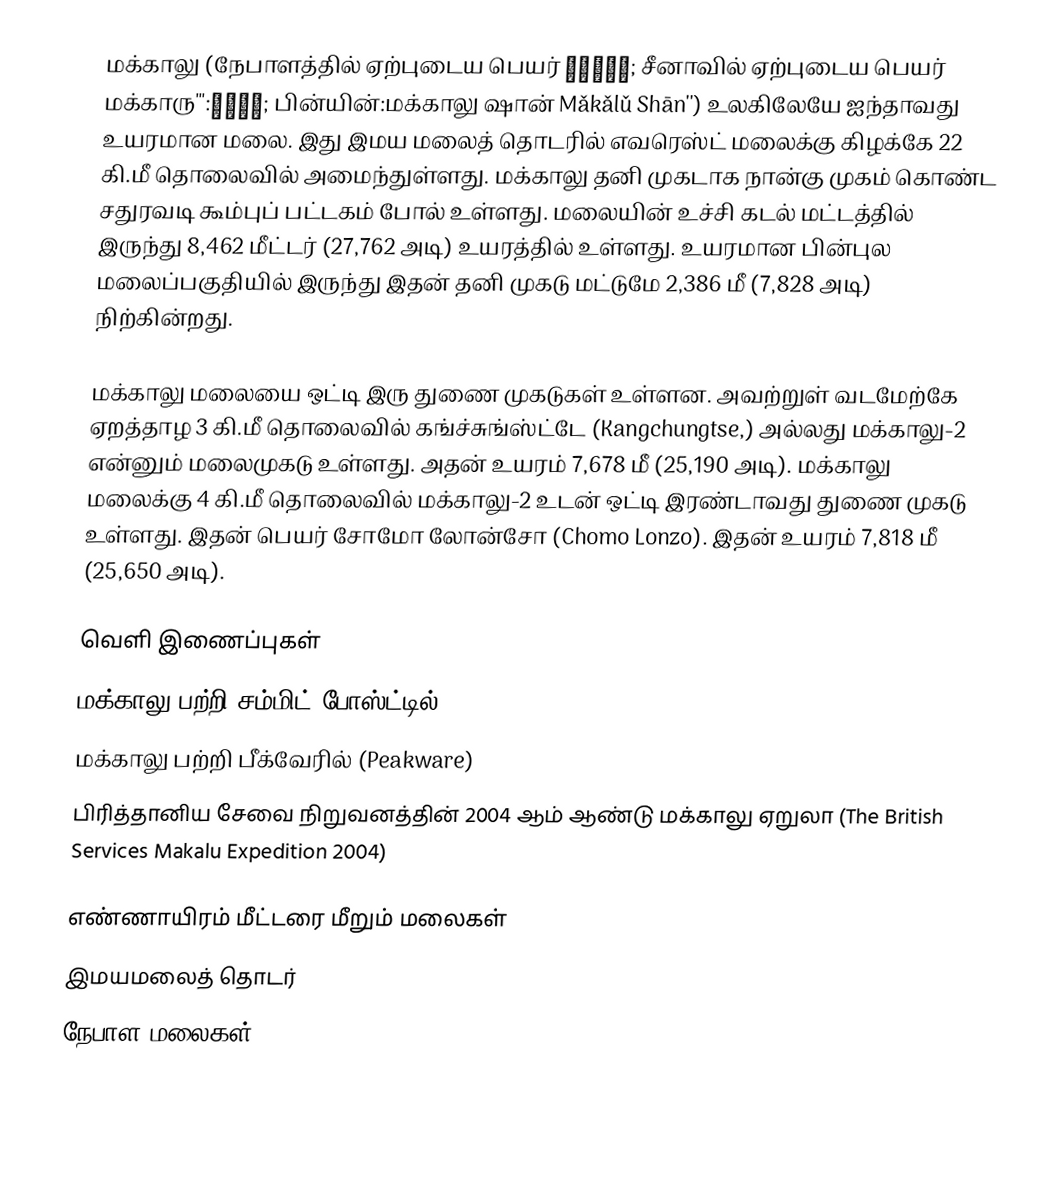
மக்காலு (நேபாளத்தில் ஏற்புடைய பெயர் मकालु; சீனாவில் ஏற்புடைய பெயர் மக்காரு''':马卡鲁山; பின்யின்:மக்காலு ஷான் Mǎkǎlǔ Shān'') உலகிலேயே ஐந்தாவது உயரமான மலை. இது இமய மலைத் தொடரில் எவரெஸ்ட் மலைக்கு கிழக்கே 22 கி.மீ தொலைவில் அமைந்துள்ளது. மக்காலு தனி முகடாக நான்கு முகம் கொண்ட சதுரவடி கூம்புப் பட்டகம் போல் உள்ளது. மலையின் உச்சி கடல் மட்டத்தில் இருந்து 8,462 மீட்டர் (27,762 அடி) உயரத்தில் உள்ளது. உயரமான பின்புல மலைப்பகுதியில் இருந்து இதன் தனி முகடு மட்டுமே 2,386 மீ (7,828 அடி) நிற்கின்றது.

மக்காலு மலையை ஒட்டி இரு துணை முகடுகள் உள்ளன. அவற்றுள் வடமேற்கே ஏறத்தாழ 3 கி.மீ தொலைவில் கங்ச்சுங்ஸ்ட்டே (Kangchungtse,) அல்லது மக்காலு-2 என்னும் மலைமுகடு உள்ளது. அதன் உயரம் 7,678 மீ (25,190 அடி). மக்காலு மலைக்கு 4 கி.மீ தொலைவில் மக்காலு-2 உடன் ஒட்டி இரண்டாவது துணை முகடு உள்ளது. இதன் பெயர் சோமோ லோன்சோ (Chomo Lonzo). இதன் உயரம் 7,818 மீ (25,650 அடி).

வெளி இணைப்புகள்
 மக்காலு பற்றி சம்மிட் போஸ்ட்டில் (SummitPost)
 மக்காலு பற்றி பீக்வேரில் (Peakware)
 பிரித்தானிய சேவை நிறுவனத்தின் 2004 ஆம் ஆண்டு மக்காலு ஏறுலா (The British Services Makalu Expedition 2004)

எண்ணாயிரம் மீட்டரை மீறும் மலைகள்
இமயமலைத் தொடர்
நேபாள மலைகள்